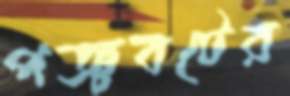
পঞ্চবটের